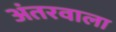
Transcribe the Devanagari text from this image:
अंतरवाला